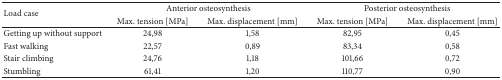
<table><thead><tr><td rowspan="2"><b>Load case</b></td><td colspan="2"><b>Anterior osteosynthesis</b></td><td colspan="2"><b>Posterior osteosynthesis</b></td></tr><tr><td><b>Max. tension [MPa]</b></td><td><b>Max. displacement [mm]</b></td><td><b>Max. tension [MPa]</b></td><td><b>Max. displacement [mm]</b></td></tr></thead><tbody><tr><td>Getting up without support</td><td>24,98</td><td>1,58</td><td>82,95</td><td>0,45</td></tr><tr><td>Fast walking</td><td>22,57</td><td>0,89</td><td>83,34</td><td>0,58</td></tr><tr><td>Stair climbing</td><td>24,76</td><td>1,18</td><td>101,66</td><td>0,72</td></tr><tr><td>Stumbling</td><td>61,41</td><td>1,20</td><td>110,77</td><td>0,90</td></tr></tbody></table>